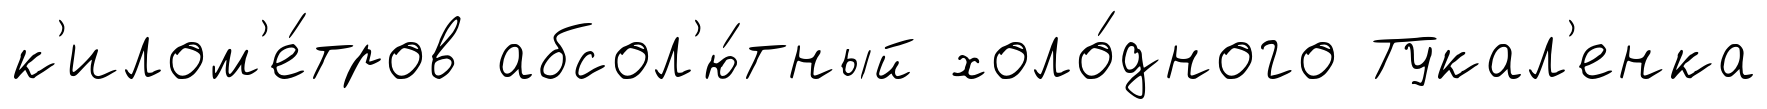
к'илом'е́тров абсол'ю́тный холо́дного Тукал'енка